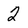
Character: 2